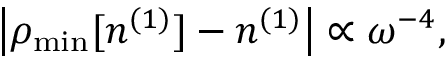
\left\vert \rho _ { \mathrm { m i n } } [ n ^ { ( 1 ) } ] - n ^ { ( 1 ) } \right\vert \propto \omega ^ { - 4 } ,